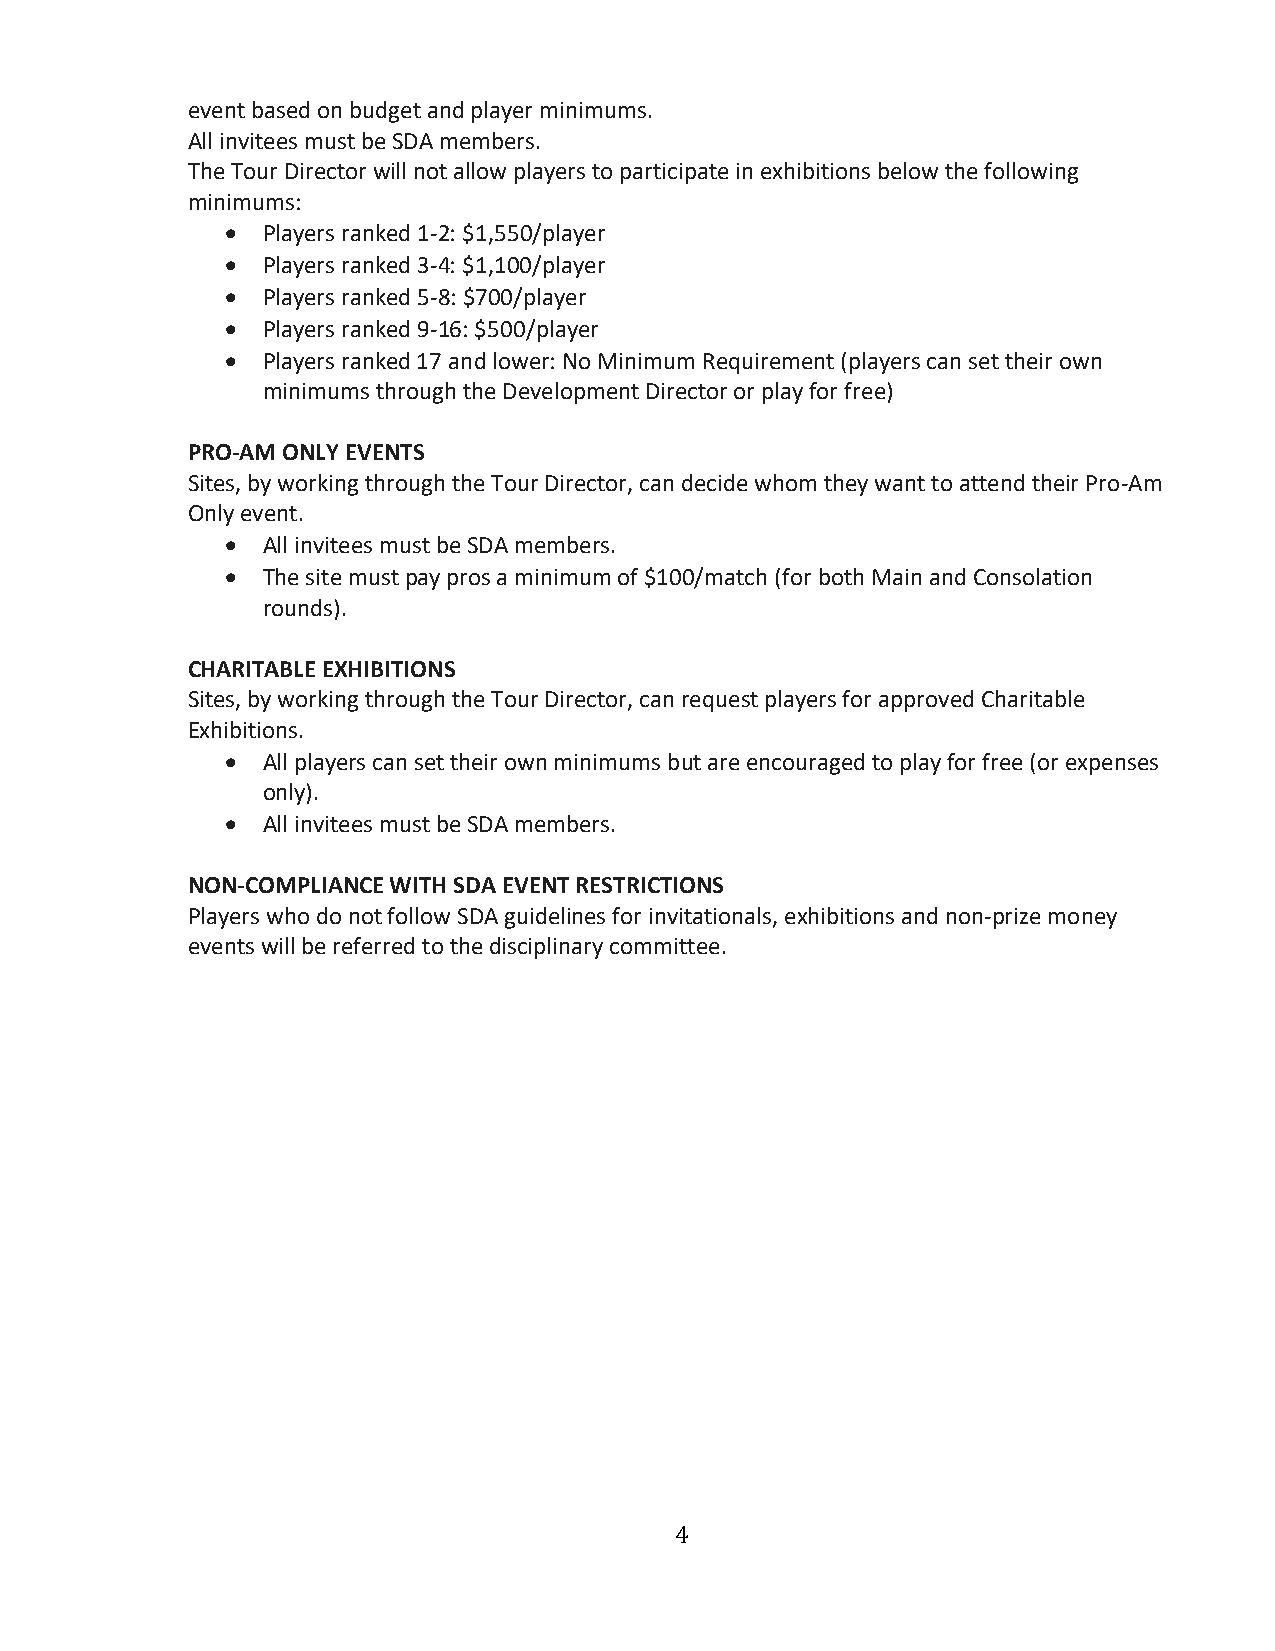
event based on budget and player minimums.
 All invitees must be SDA members.
 The Tour Director will not allow players to participate in exhibitions below the following
 minimums:
 • Players ranked 1-2: $1,550/player
 • Players ranked 3-4: $1,100/player
 • Players ranked 5-8: $700/player
 • Players ranked 9-16: $500/player
 • Players ranked 17 and lower: No Minimum Requirement (players can set their own
 minimums through the Development Director or play for free)
 PRO-AM ONLY EVENTS
 Sites, by working through the Tour Director, can decide whom they want to attend their Pro-Am
 Only event.
 • All invitees must be SDA members.
 • The site must pay pros a minimum of $100/match (for both Main and Consolation
 rounds).
 CHARITABLE EXHIBITIONS
 Sites, by working through the Tour Director, can request players for approved Charitable
 Exhibitions.
 • All players can set their own minimums but are encouraged to play for free (or expenses
 only).
 • All invitees must be SDA members.
 NON-COMPLIANCE WITH SDA EVENT RESTRICTIONS
 Players who do not follow SDA guidelines for invitationals, exhibitions and non-prize money
 events will be referred to the disciplinary committee.
 4